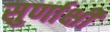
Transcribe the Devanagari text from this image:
सुर्णाक्षी